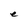
Character: e